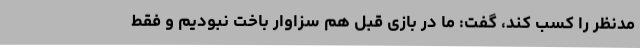
مدنظر را کسب کند، گفت: ما در بازی قبل هم سزاوار باخت نبودیم و فقط